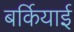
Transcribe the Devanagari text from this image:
बर्कियाई